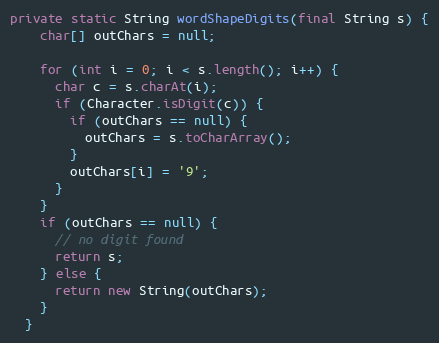
Language: Java
private static String wordShapeDigits(final String s) {
    char[] outChars = null;

    for (int i = 0; i < s.length(); i++) {
      char c = s.charAt(i);
      if (Character.isDigit(c)) {
        if (outChars == null) {
          outChars = s.toCharArray();
        }
        outChars[i] = '9';
      }
    }
    if (outChars == null) {
      // no digit found
      return s;
    } else {
      return new String(outChars);
    }
  }